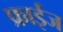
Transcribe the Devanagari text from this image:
फ्राईज